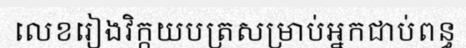
លេខរៀងវិក្កយបត្រសម្រាប់អ្នកជាប់ពន្ធ